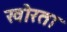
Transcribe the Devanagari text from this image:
खोरता